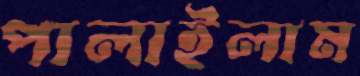
পালাইলাম